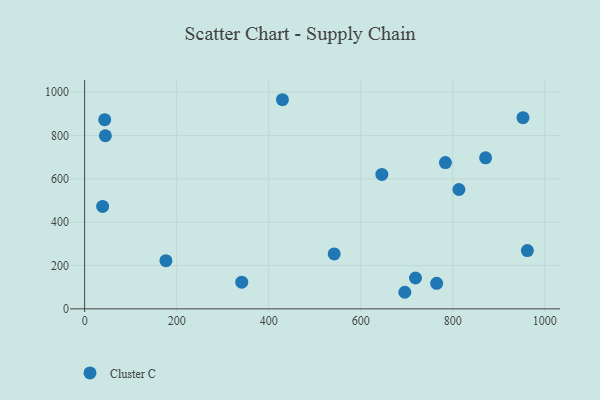
{"axis": {"x": "Speed", "y": "Demand"}, "legend": ["Cluster C"], "data": [{"x": "45.1", "y": 798.7, "type": "Cluster C"}, {"x": "813.5", "y": 550.7, "type": "Cluster C"}, {"x": "719.1", "y": 142.3, "type": "Cluster C"}, {"x": "962.3", "y": 268.9, "type": "Cluster C"}, {"x": "39.1", "y": 472.4, "type": "Cluster C"}, {"x": "784.2", "y": 674.8, "type": "Cluster C"}, {"x": "176.7", "y": 222.3, "type": "Cluster C"}, {"x": "952.8", "y": 882.1, "type": "Cluster C"}, {"x": "765.1", "y": 117.9, "type": "Cluster C"}, {"x": "695.9", "y": 76.5, "type": "Cluster C"}, {"x": "871.5", "y": 697.0, "type": "Cluster C"}, {"x": "646.0", "y": 620.1, "type": "Cluster C"}, {"x": "341.5", "y": 122.9, "type": "Cluster C"}, {"x": "542.4", "y": 253.5, "type": "Cluster C"}, {"x": "429.9", "y": 964.9, "type": "Cluster C"}, {"x": "43.6", "y": 872.8, "type": "Cluster C"}]}